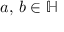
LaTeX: \; a , \, b \in \mathbb { H }